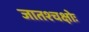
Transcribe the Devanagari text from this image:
जातश्चक्षोः